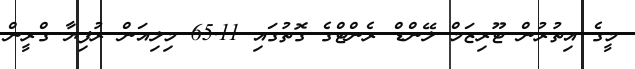
މީގެ އިތުރުން ޓޫރިޒަމް ލޭންޑް ރެންޓްގެ ގޮތުގައި 65.11 މިލިއަން ރުފިޔާ ގްރީން